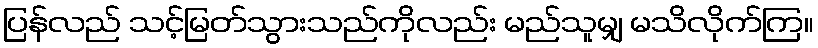
ပြန်လည် သင့်မြတ်သွားသည်ကိုလည်း မည်သူမျှ မသိလိုက်ကြ။